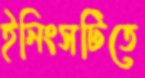
ইনিংসটিতে